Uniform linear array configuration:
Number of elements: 24
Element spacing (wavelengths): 0.25
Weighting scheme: binomial
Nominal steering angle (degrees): -15
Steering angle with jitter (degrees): -16.816
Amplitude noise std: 0.05
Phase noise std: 0.05

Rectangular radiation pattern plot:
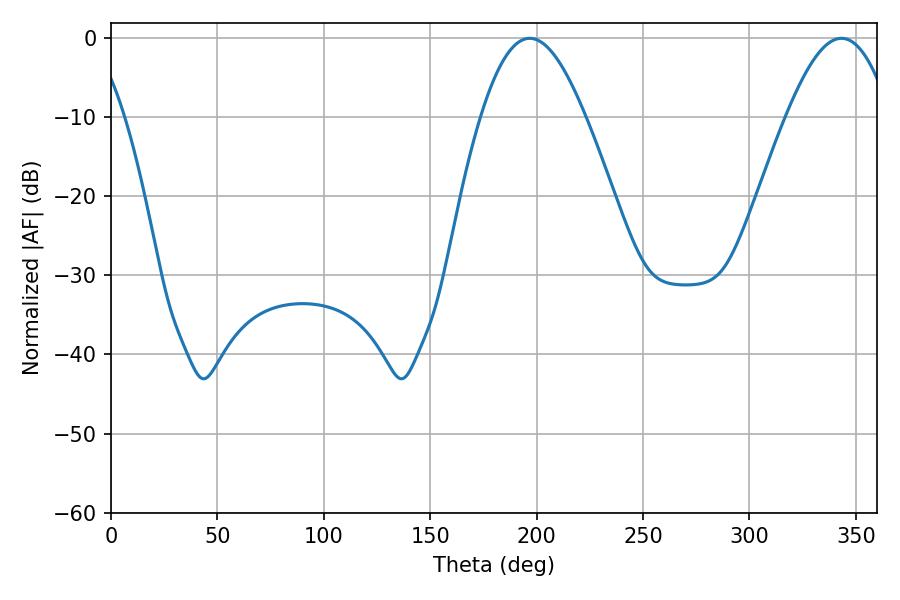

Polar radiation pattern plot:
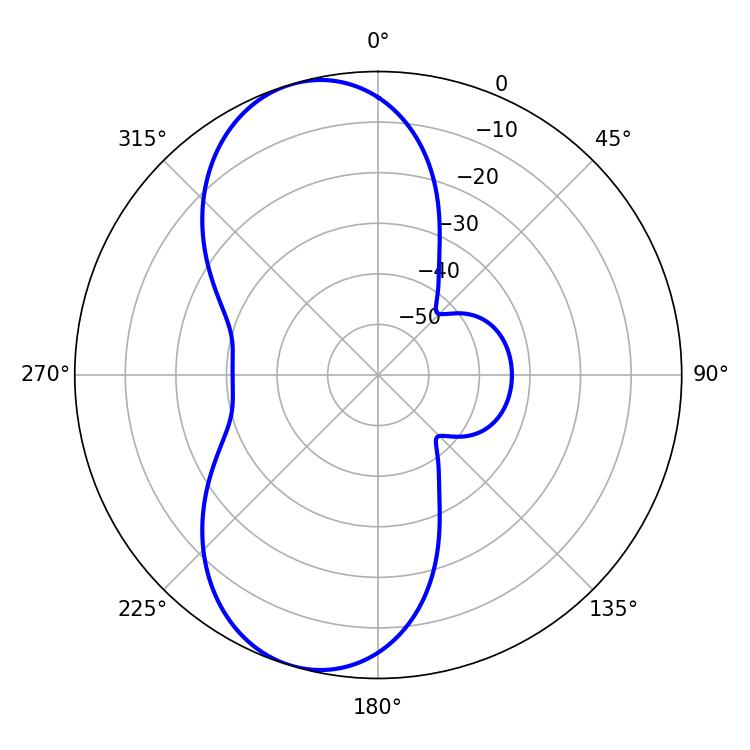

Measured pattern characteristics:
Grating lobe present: FALSE
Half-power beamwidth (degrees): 26.46
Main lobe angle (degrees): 196.74